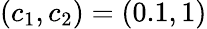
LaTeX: (c_{1},c_{2})=(0.1,1)